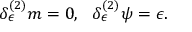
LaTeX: \delta _ { \epsilon } ^ { ( 2 ) } m = 0 , \ \ \delta _ { \epsilon } ^ { ( 2 ) } \psi = \epsilon .